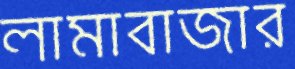
লামাবাজার